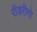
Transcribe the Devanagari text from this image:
रॉडरीगो